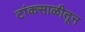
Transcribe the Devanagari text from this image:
टांकसाळीतून